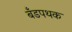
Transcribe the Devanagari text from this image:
बँडपथक